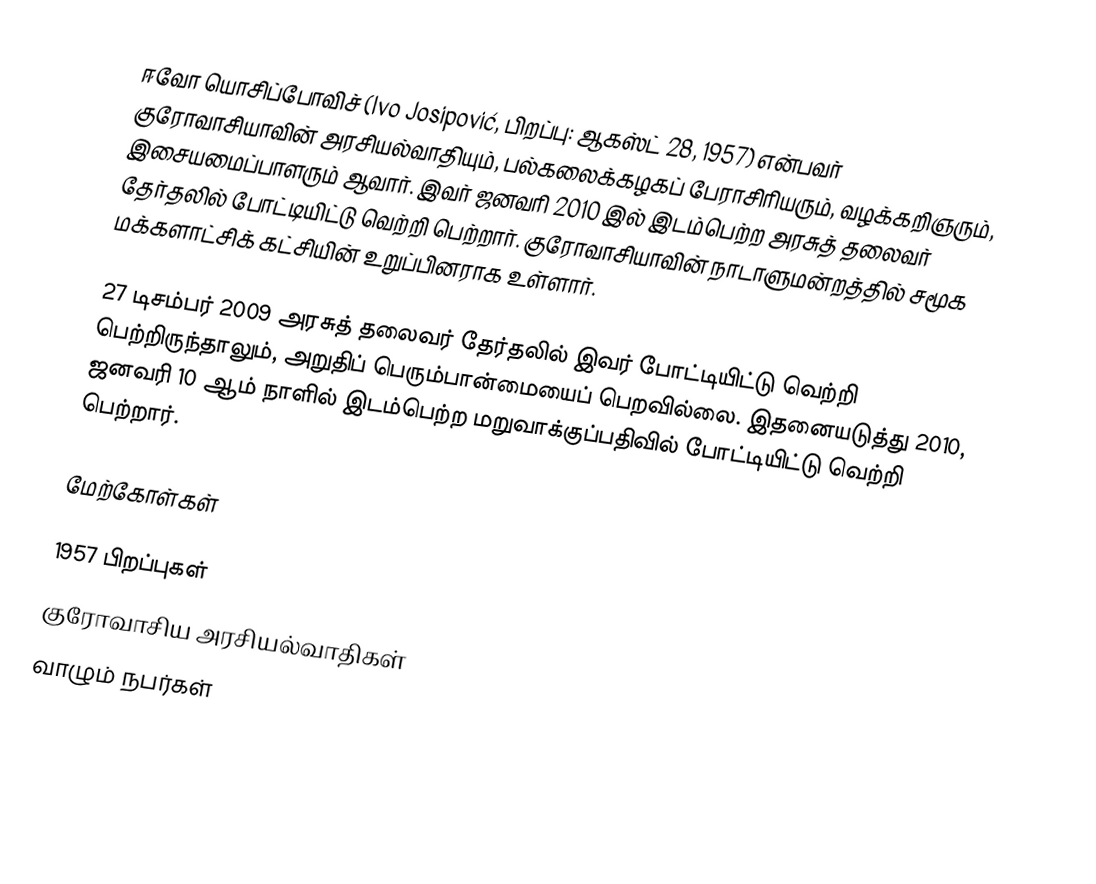
ஈவோ யொசிப்போவிச் (Ivo Josipović, பிறப்பு: ஆகஸ்ட் 28, 1957) என்பவர் குரோவாசியாவின் அரசியல்வாதியும்,  பல்கலைக்கழகப் பேராசிரியரும், வழக்கறிஞரும், இசையமைப்பாளரும் ஆவார். இவர் ஜனவரி 2010 இல் இடம்பெற்ற அரசுத் தலைவர் தேர்தலில் போட்டியிட்டு வெற்றி பெற்றார். குரோவாசியாவின் நாடாளுமன்றத்தில் சமூக மக்களாட்சிக் கட்சியின் உறுப்பினராக உள்ளார்.

27 டிசம்பர் 2009 அரசுத் தலைவர் தேர்தலில் இவர் போட்டியிட்டு வெற்றி பெற்றிருந்தாலும், அறுதிப் பெரும்பான்மையைப் பெறவில்லை. இதனையடுத்து 2010, ஜனவரி 10 ஆம் நாளில் இடம்பெற்ற மறுவாக்குப்பதிவில் போட்டியிட்டு வெற்றி பெற்றார்.

மேற்கோள்கள்

1957 பிறப்புகள்
குரோவாசிய அரசியல்வாதிகள்
வாழும் நபர்கள்